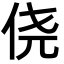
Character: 侥